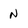
Character: N